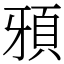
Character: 䪵